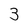
Character: 3